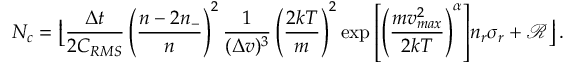
N _ { c } = \left\lfloor \frac { \Delta t } { 2 C _ { R M S } } \left( \frac { n - 2 n _ { - } } { n } \right) ^ { 2 } \frac { 1 } { ( \Delta v ) ^ { 3 } } \left( \frac { 2 k T } { m } \right) ^ { 2 } { \exp \left[ \left( \frac { m v _ { m a x } ^ { 2 } } { 2 k T } \right) ^ { \alpha } \right] } { n _ { r } \sigma _ { r } } + \mathcal { R } \right\rfloor .